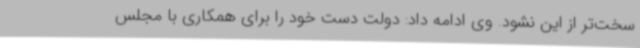
سخت‌تر از این نشود. وی ادامه داد: دولت دست خود را برای همکاری با مجلس